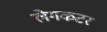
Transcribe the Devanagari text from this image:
लेगकटर